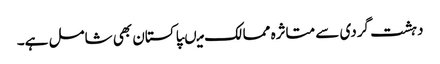
دہشت گردی سے متاثرہ ممالک میںپاکستان بھی شامل ہے۔